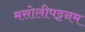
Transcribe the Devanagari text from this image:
मसोलीपट्टनम